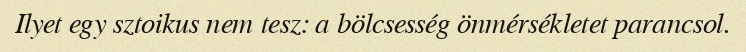
Ilyet egy sztoikus nem tesz: a bölcsesség önmérsékletet parancsol.